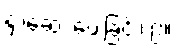
နှာဆေး ပေးခြင်း၊ ၉။